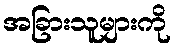
အခြားသူများကို